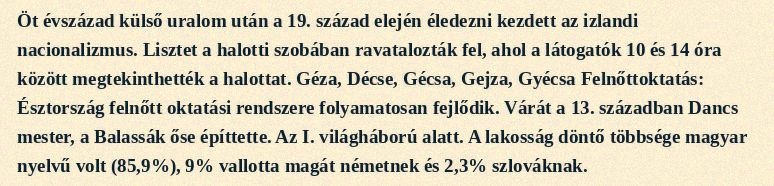
Öt évszázad külső uralom után a 19. század elején éledezni kezdett az izlandi nacionalizmus. Lisztet a halotti szobában ravatalozták fel, ahol a látogatók 10 és 14 óra között megtekinthették a halottat. Géza, Décse, Gécsa, Gejza, Gyécsa Felnőttoktatás: Észtország felnőtt oktatási rendszere folyamatosan fejlődik. Várát a 13. században Dancs mester, a Balassák őse építtette. Az I. világháború alatt. A lakosság döntő többsége magyar nyelvű volt (85,9%), 9% vallotta magát németnek és 2,3% szlováknak.